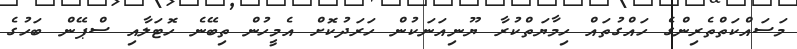
މަސައްކަތްތެރިންގެ ހައްގުތައް ހިމާޔަތްކުރާ ޔޫނިއަނަކުން ހަރަދުކޮށް އެމީހުން ތިބޭނެ ހޮޓަލާއި ސްޕޭން ބަހުގެ